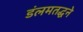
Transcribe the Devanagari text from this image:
डंलमतद्धने